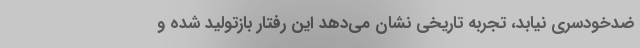
ضدخودسری نیابد، تجربه تاریخی نشان می‌دهد این رفتار بازتولید شده و